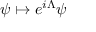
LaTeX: \psi \mapsto e ^ { i \Lambda } \psi